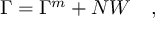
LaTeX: \Gamma = \Gamma ^ { \tiny { m } } + N W ~ ~ ~ ,